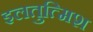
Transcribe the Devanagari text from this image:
इलतुत्मिश